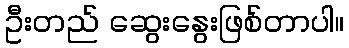
ဦးတည် ဆွေးနွေးဖြစ်တာပါ။